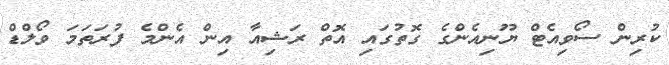
ކުރިން ސޯވިއެޓް ޔޫނިއެންގެ ގޮތުގައި އޮތް ރަޝިއާ އިން އެންމެ ފުރަތަމަ ވޯލްޑް